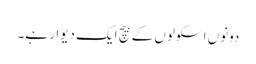
دونوں اسکولوں کے بیچ ایک دیوار ہے۔